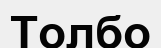
Толбо